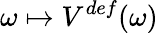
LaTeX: \omega\mapsto V^{def}(\omega)